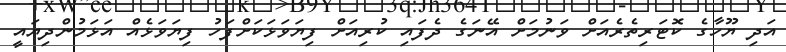
އަދި ޔޫހާގެ ކޮޓަރިތެރެއަށް ވަނުމަށް އޭނަގެ ދެފައި ކުރިއަށް ފިޔަވަޅަކަށްފަހު ފިޔަވަޅެއް އަޅަމުންދިޔައީ